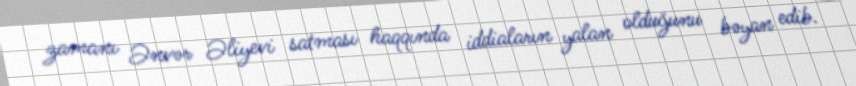
zamanı Ənvər Əliyevi satması haqqında iddiaların yalan olduğunu bəyan edib.